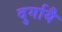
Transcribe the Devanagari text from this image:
दुर्गायै